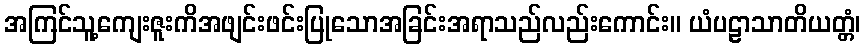
အကြင်သူ့ကျေးဇူးကိအဖျင်းဖင်းပြုသောအခြင်းအရာသည်လည်းကောင်း။ ယံပဠာသာတိယတ္တံ၊